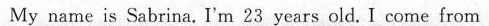
My name is Sabrina. I'm 23 years old. I come from